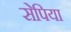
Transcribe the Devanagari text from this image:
सेपिया